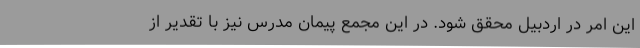
این امر در اردبیل محقق شود. در این مجمع پیمان مدرس نیز با تقدیر از